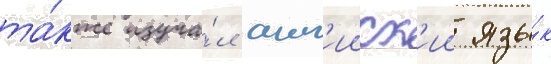
та́кже изуча́л англ'ииск'ии язы́к